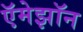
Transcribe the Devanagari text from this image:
ऍमेझॉन